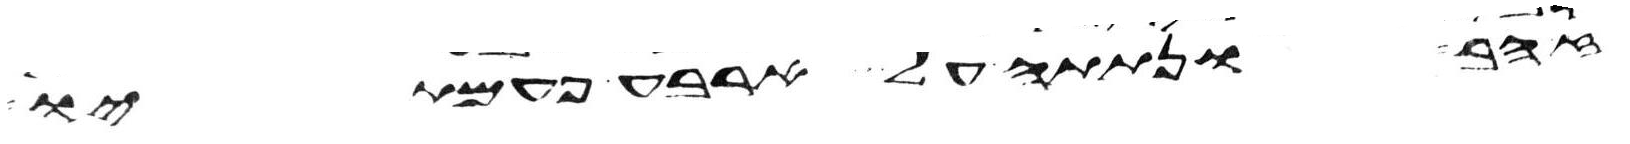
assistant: זהב ונתתה על ארבע פעמתיו